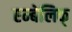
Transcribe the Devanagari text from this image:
एम्बेलिक्